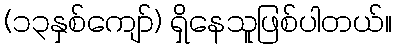
(၁၃နှစ်ကျော်) ရှိနေသူဖြစ်ပါတယ်။